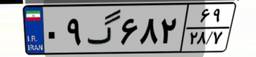
۰۹گ۶۸۲۶۹